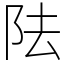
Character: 阹